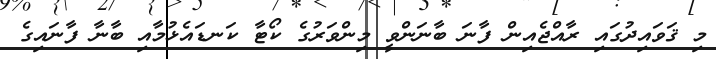
މި ޤަވައިދުގައި ރާއްޖެއިން ފާނަ ބާނަންވީ މިންވަރުގެ ކޯޓާ ކަނޑައެޅުމާއި ބާނާ ފާނައިގެ